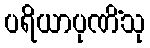
ပရိယာပုဏိံသု